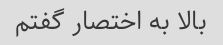
بالا به اختصار گفتم